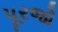
પૂરજો